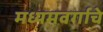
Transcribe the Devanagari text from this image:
मध्यमवर्गाचे